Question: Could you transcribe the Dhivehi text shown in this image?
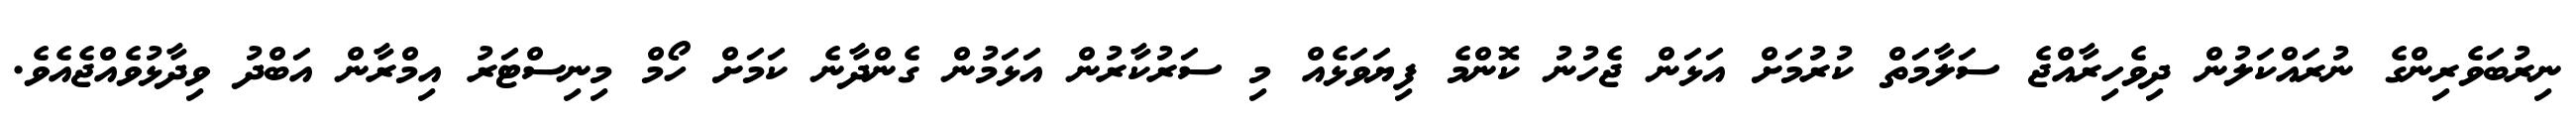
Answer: ނިރުބަވެރިންގެ ނުރައްކަލުން ދިވެހިރާއްޖެ ސަލާމަތް ކުރުމަށް އަޅަން ޖެހުނު ކޮންމެ ފިޔަވަޅެއް މި ސަރުކާރުން އަޅަމުން ގެންދާނެ ކަމަށް ހޯމް މިނިސްޓަރު އިމްރާން އަބްދު ވިދާޅުވެއްޖެއެވެ.